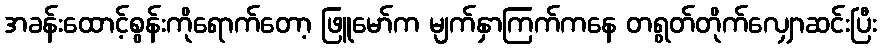
အခန်းထောင့်စွန်းကိုရောက်တော့ ဖြူမော်က မျက်နှာကြက်ကနေ တရွတ်တိုက်လျှောဆင်းပြီး